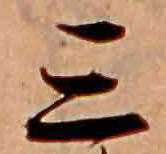
三